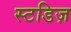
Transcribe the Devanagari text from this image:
स्टडिज़